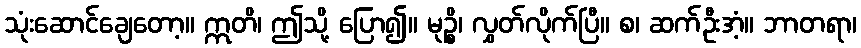
သုံးဆောင်ချေတော့။ ဣတိ၊ ဤသို့ ပြော၍။ မုဉ္စိ၊ လွှတ်လိုက်ပြီ။ စ၊ ဆက်ဦးအံ့။ ဘာတရာ၊